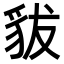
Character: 𧲯